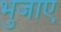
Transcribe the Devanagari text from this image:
भुजाए